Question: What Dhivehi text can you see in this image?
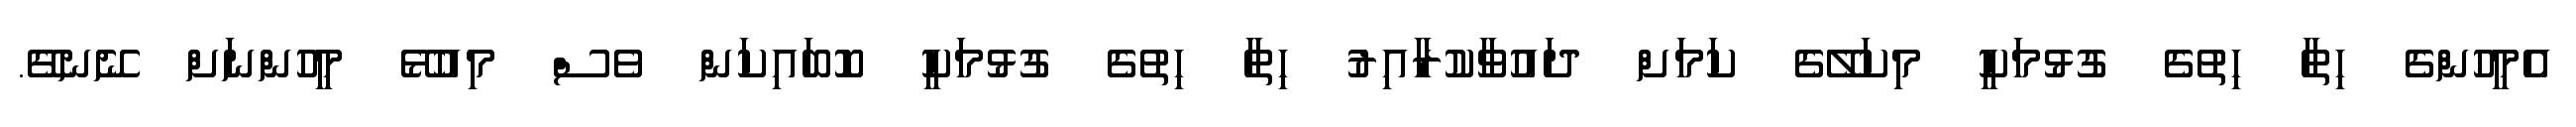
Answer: އެމީހުންގެ ހިތާ ހިތުގެ ގުޅުމަކީ މިކަލޭގެ ކަމަށް ދައުވާކުރާއިރު ހިތާ ހިތުގެ ގުޅުމަކީ ކޮބައިކަން ވެސް މިއުޅޭ މީހުންނަށް ނޭނގޭ.